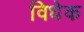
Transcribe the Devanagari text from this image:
विधेक